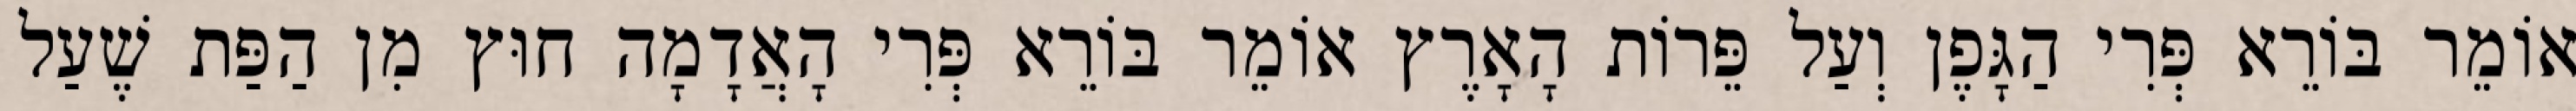
אוֹמֵר בּוֹרֵא פְּרִי הַגָּפֶן וְעַל פֵּרוֹת הָאָרֶץ אוֹמֵר בּוֹרֵא פְּרִי הָאֲדָמָה חוּץ מִן הַפַּת שֶׁעַל